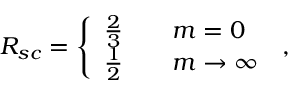
R _ { s c } = \left\{ \begin{array} { l l } { \frac 2 3 \quad } & { m = 0 } \\ { \frac 1 2 } & { m \to \infty } \end{array} \right. \, ,